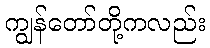
ကျွန်တော်တို့ကလည်း